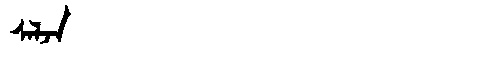
Manchu: ᠰᠠᠯᠵᠠ
Romanization: SALJA